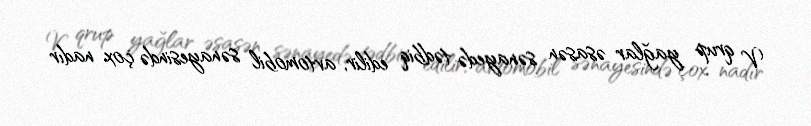
V qrup yağlar əsasən sənayedə tədbiq edilir, avtomobil sənayesində çox nadır